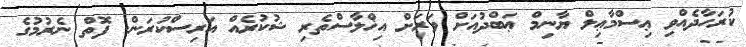
ކުރަހާދެއްވި ޢިސްމާޢިލް ޔާނިމް ޢަބްދުއަށް ވަރަށް އިޚްލާސްތެރި ޝުކުރެއް އަރިސްކުރަން. ފޮތް ނެރުމުގެ